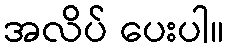
အလိပ် ပေးပါ။